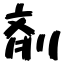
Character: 剤